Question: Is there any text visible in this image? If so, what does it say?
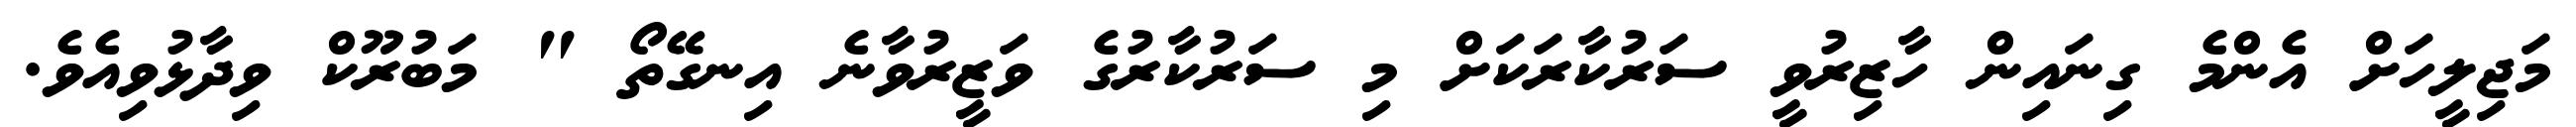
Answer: މަޖިލީހަށް އެންމެ ގިނައިން ހާޒިރުވީ ސަރުކާރަކަށް މި ސަރުކާރުގެ ވަޒީރުވާނެ އިނގޭތޯ " މަބުރޫކް ވިދާޅުވިއެވެ.